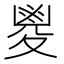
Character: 𡕰